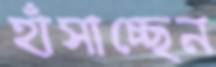
হাঁসাচ্ছেন